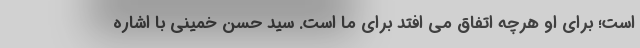
است؛ برای او هرچه اتفاق می افتد برای ما است. سید حسن خمینی با اشاره